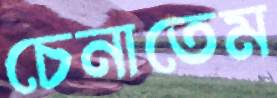
চেনাতেম